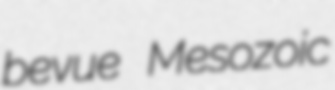
bevue Mesozoic